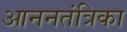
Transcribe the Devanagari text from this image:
आननतंत्रिका